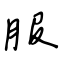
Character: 服